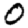
Digit: 0